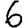
Digit: 6